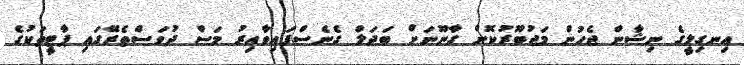
އިނގިލީގެ ނިޝާން ޖެހުން މަޖުބޫރުކޮށް ގާނޫނަށް ބަދަލް ގެނެސްފައިވާއިރު މަސް ދުވަސްތެރޭގައި ޕާޓީތަކުގެ